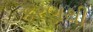
કરણથી